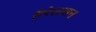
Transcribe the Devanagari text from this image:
हैरेलसन